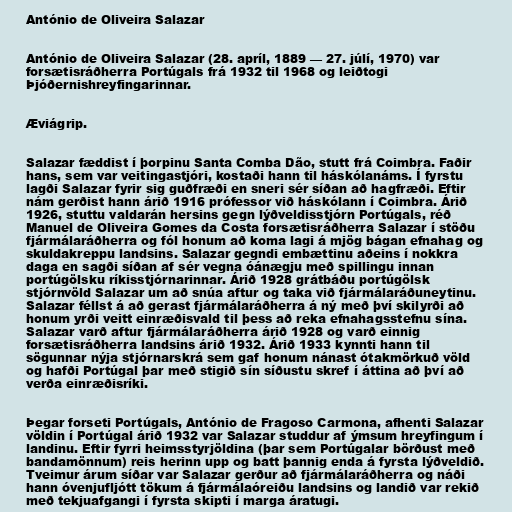
António de Oliveira Salazar

António de Oliveira Salazar (28. apríl, 1889 — 27. júlí, 1970) var
forsætisráðherra Portúgals frá 1932 til 1968 og leiðtogi
Þjóðernishreyfingarinnar.

Æviágrip.

Salazar fæddist í þorpinu Santa Comba Dão, stutt frá Coimbra. Faðir
hans, sem var veitingastjóri, kostaði hann til háskólanáms. Í fyrstu
lagði Salazar fyrir sig guðfræði en sneri sér síðan að hagfræði. Eftir
nám gerðist hann árið 1916 prófessor við háskólann í Coimbra. Árið
1926, stuttu valdarán hersins gegn lýðveldisstjórn Portúgals, réð
Manuel de Oliveira Gomes da Costa forsætisráðherra Salazar í stöðu
fjármálaráðherra og fól honum að koma lagi á mjög bágan efnahag og
skuldakreppu landsins. Salazar gegndi embættinu aðeins í nokkra
daga en sagði síðan af sér vegna óánægju með spillingu innan
portúgölsku ríkisstjórnarinnar. Árið 1928 grátbáðu portúgölsk
stjórnvöld Salazar um að snúa aftur og taka við fjármálaráðuneytinu.
Salazar féllst á að gerast fjármálaráðherra á ný með því skilyrði að
honum yrði veitt einræðisvald til þess að reka efnahagsstefnu sína.
Salazar varð aftur fjármálaráðherra árið 1928 og varð einnig
forsætisráðherra landsins árið 1932. Árið 1933 kynnti hann til
sögunnar nýja stjórnarskrá sem gaf honum nánast ótakmörkuð völd
og hafði Portúgal þar með stigið sín síðustu skref í áttina að því að
verða einræðisríki.

Þegar forseti Portúgals, António de Fragoso Carmona, afhenti Salazar
völdin í Portúgal árið 1932 var Salazar studdur af ýmsum hreyfingum í
landinu. Eftir fyrri heimsstyrjöldina (þar sem Portúgalar börðust með
bandamönnum) reis herinn upp og batt þannig enda á fyrsta lýðveldið.
Tveimur árum síðar var Salazar gerður að fjármálaráðherra og náði
hann óvenjufljótt tökum á fjármálaóreiðu landsins og landið var rekið
með tekjuafgangi í fyrsta skipti í marga áratugi.